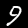
Label: 9